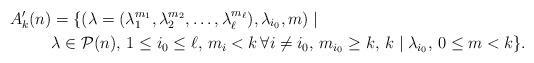
LaTeX: \begin{align*}A_k'(n) &= \{(\lambda = (\lambda_1^{m_1}, \lambda_2^{m_2}, \ldots, \lambda_\ell^{m_\ell}), \lambda_{i_0}, m)\mid \\& \lambda \in \mathcal{P}(n), \,1 \leq i_0 \leq \ell, \,m_i < k \, \forall i \not = i_0, \,m_{i_0} \ge k, \,k \mid \lambda_{i_0}, \, 0\le m < k \}.\end{align*}